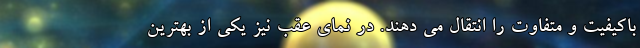
باکیفیت و متفاوت را انتقال می دهند. در نمای عقب نیز یکی از بهترین